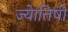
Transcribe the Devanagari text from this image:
ज्‍येातिषी